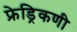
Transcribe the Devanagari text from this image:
फ्रेड्रिकणी